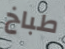
طباخ